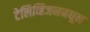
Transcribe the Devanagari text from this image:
टेलिव्हिजनमधून